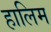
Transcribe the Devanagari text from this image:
हालिम